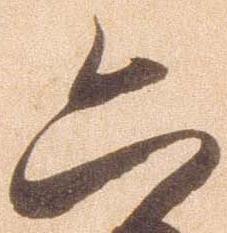
六